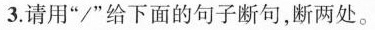
3.请用”/”给下面的句子断句，断两处。